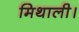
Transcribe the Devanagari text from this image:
मिथाली।